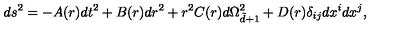
d s ^ { 2 } = - A ( r ) d t ^ { 2 } + B ( r ) d r ^ { 2 } + r ^ { 2 } C ( r ) d \Omega _ { \tilde { d } + 1 } ^ { 2 } + D ( r ) \delta _ { i j } d x ^ { i } d x ^ { j } ,